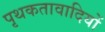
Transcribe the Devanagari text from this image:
पृथकतावादियों